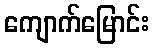
ကျောက်မြောင်း